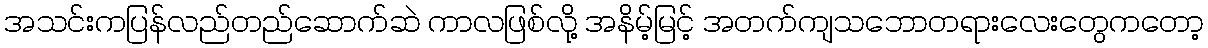
အသင်းကပြန်လည်တည်ဆောက်ဆဲ ကာလဖြစ်လို့ အနိမ့်မြင့် အတက်ကျသဘောတရားလေးတွေကတော့